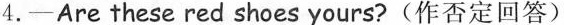
4.—Are these red shoes yours?(作否定回答)